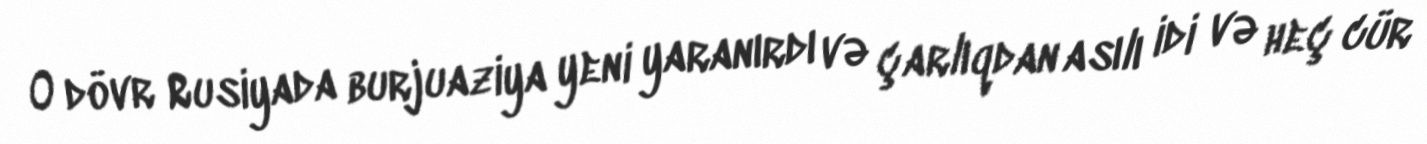
O dövr Rusiyada burjuaziya yeni yaranırdı və çarlıqdan asılı idi və heç cür